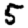
Digit: 5